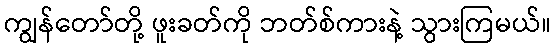
ကျွန်တော်တို့ ဖူးခတ်ကို ဘတ်စ်ကားနဲ့ သွားကြမယ်။